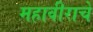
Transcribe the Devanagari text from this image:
महावीराचे